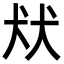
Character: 㹜